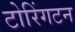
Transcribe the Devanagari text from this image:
टोरिंगटन